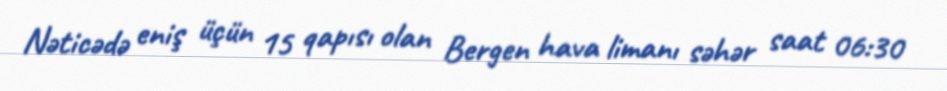
Nəticədə eniş üçün 15 qapısı olan Bergen hava limanı səhər saat 06:30